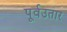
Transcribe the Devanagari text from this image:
पूर्वउतार